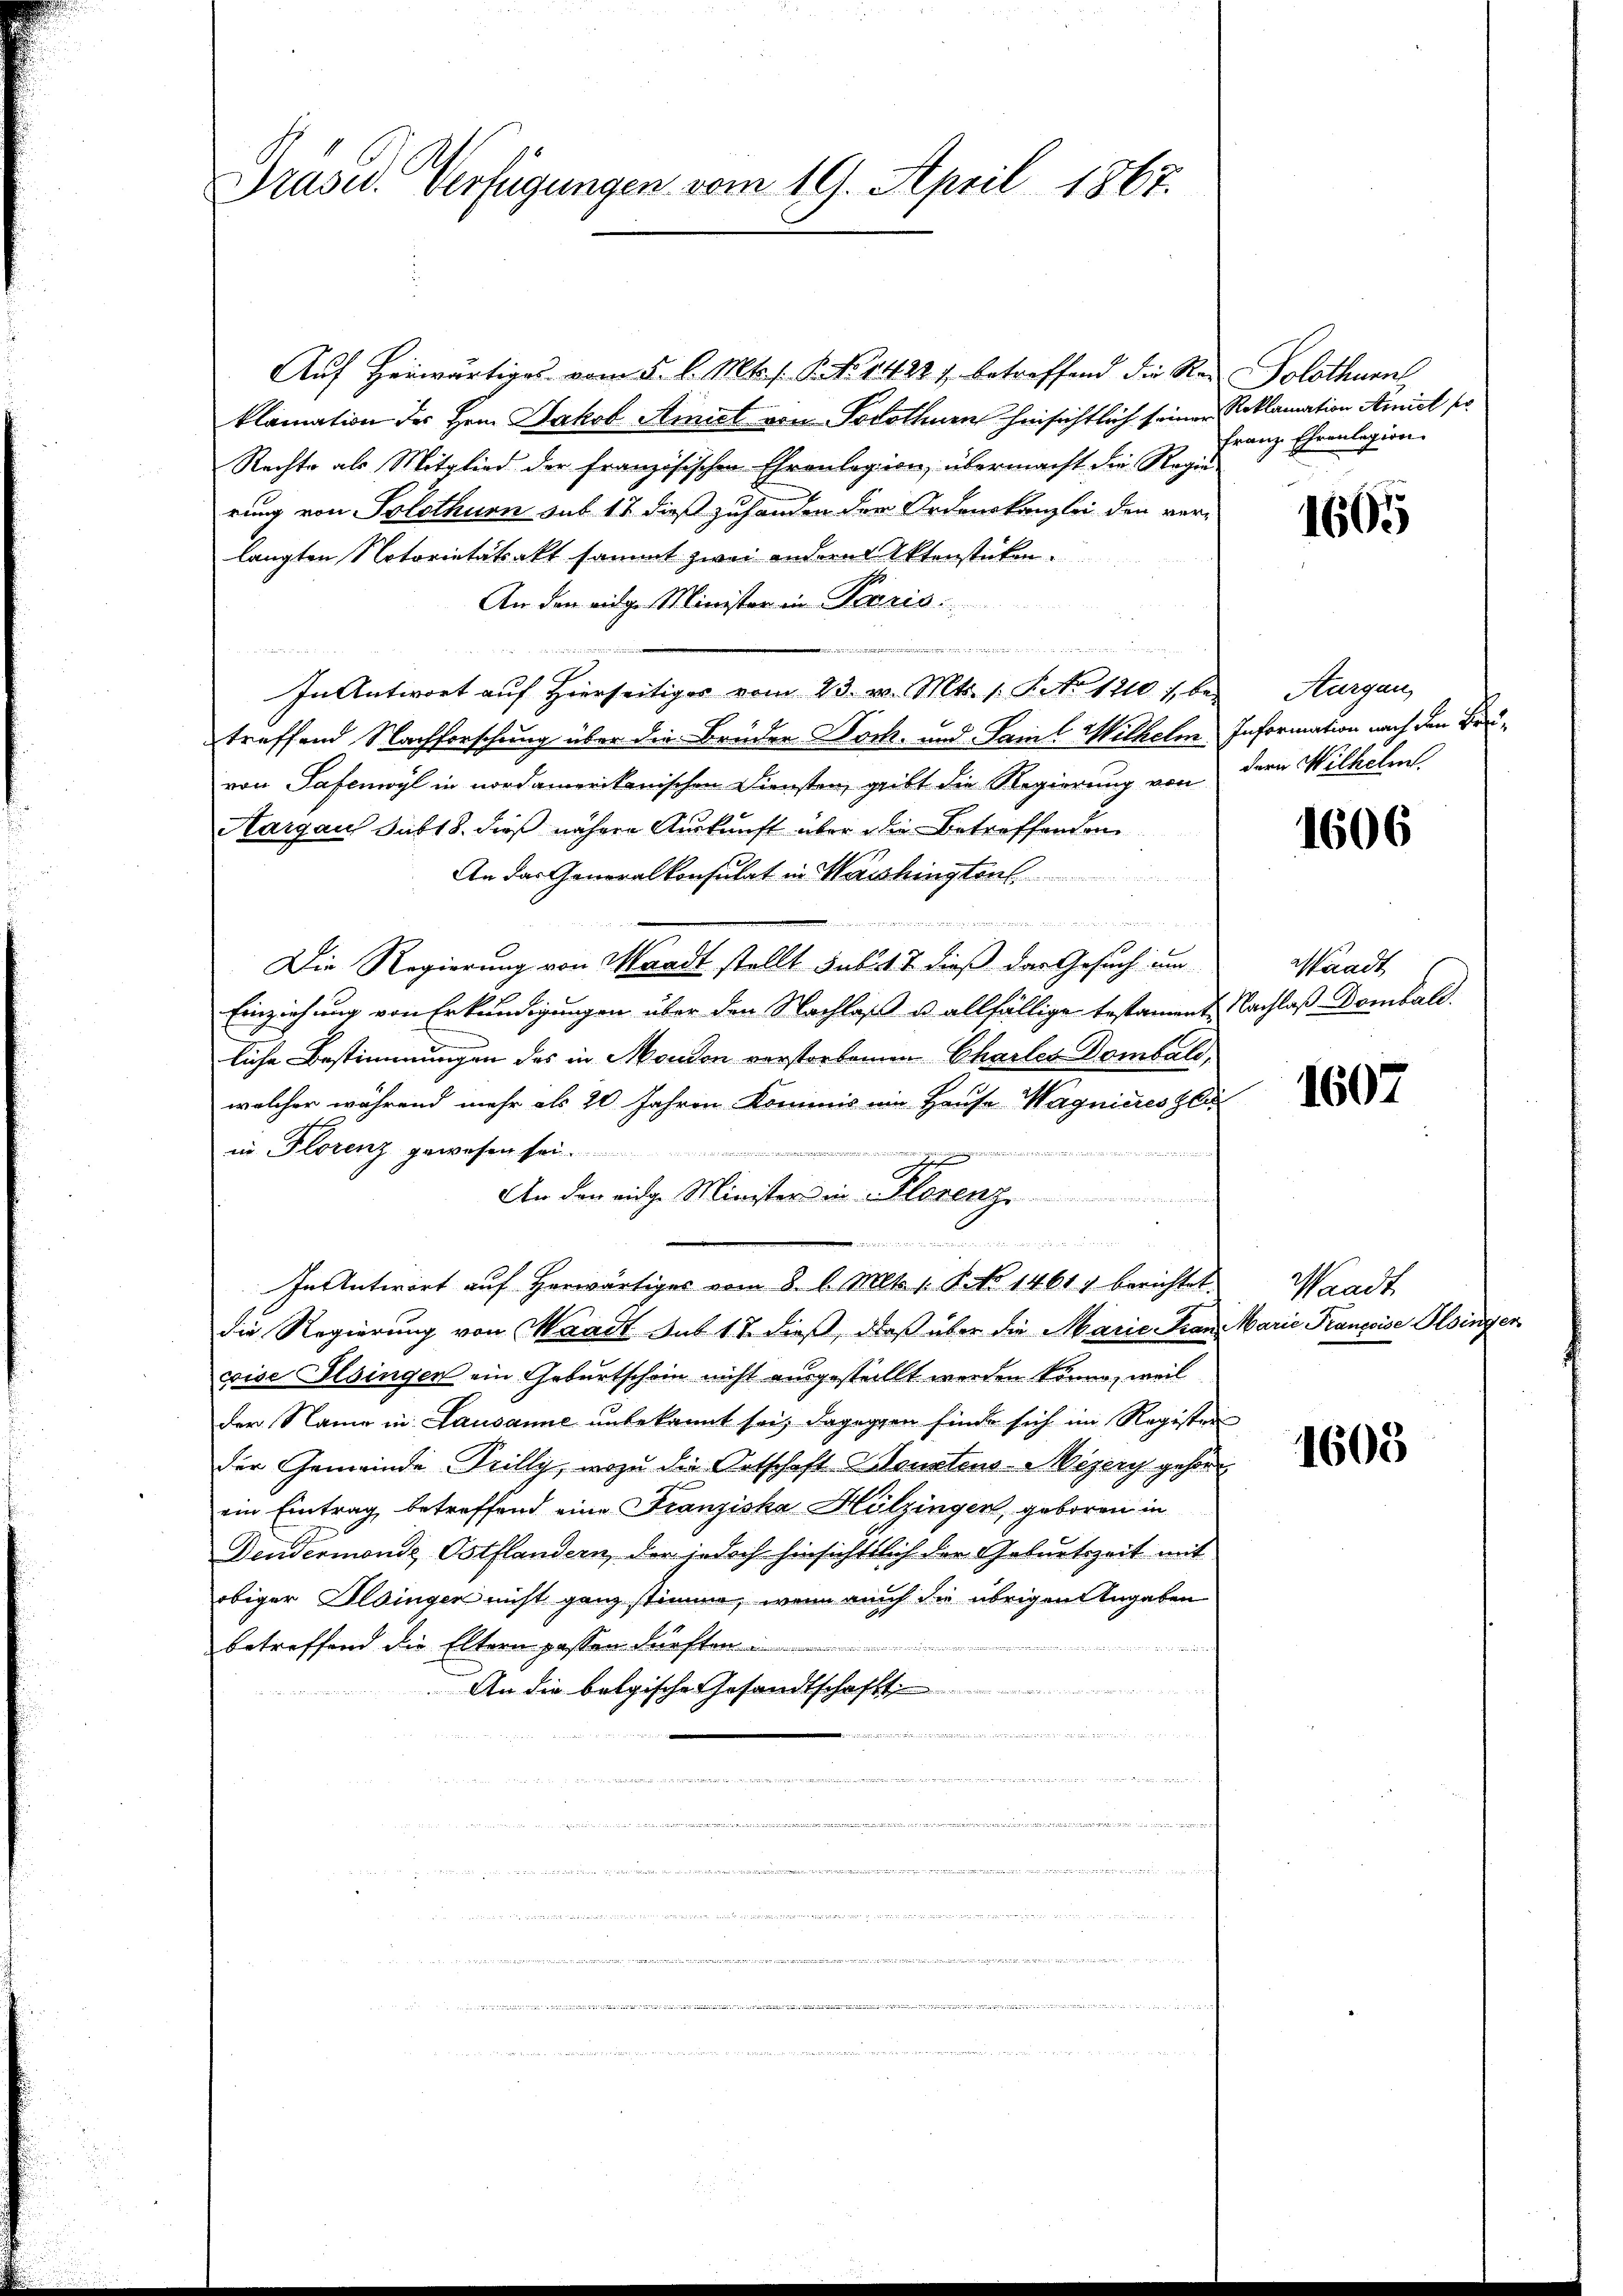
Auf Herwärtiges vom 5. l. Mts. f. P. No 14281, betreffend die Reklamation des Hrn. Jakob Amist von Solothurn hinsichtlich seinen
Rechte als Mitglied der französischen Ehrenlagion, übermacht die Rege
rung von Solothurn sub 17 dieß zuhanden der Ordenskanzlei den ver-
langten Notorietätsakt sammt zwei anderer Aktenstücken.
An den einge Minister in Paris
d
In Antwort auf Hierseitiges vom 23. v. Mts. 1. Pato 1210. 10
treffend Nachforschung über die Brüder Doch- und Saml Wilhelm Information nach den Bruvon Safenwyl in nordamerikanischen Diensten, geibt die Regierung von der Wilhelm
Aargau sub 18. dieß nähere Auskunft über die Betreffenden
An das Generalkonsulat in Washingten

Die Regierung von Waadt stellt sub. 4 t dieß der Gesuch um
Einziehung von Erkundigungen über den Nachlaß u. allfällige testament
liche Bestimmungen das in Moudon vorstorbenen Charles Dombals,
welcher während mehr als 20 Jahren kommis ein Hause Wagnieres Ger
in Florenz gewesen sei.
in: Liter diese Lied in der unenten und der der unende und es der eine anden gegen in der
.
An der eige Minister in Florenz
meen eingen d
In Antwort auf herwärtiges vom 8. d. Mts. 1. No 1461) berichtet
die Regierung von Waadt sub 18 dieß, daß über die Marie Kran
vise Ilsingen ein Geburtschein nicht ausgestellt werden könne, weil
der Name in Lausanne unbekannt sei, dagegen finde sich im Registr
der Gemeinde Peilly, wozu die Ortschaft Konstens-Mizery gehen
ein Eintrag, betreffend eine Franziska Hölzingen, geboren in
Dendermondz Ostflandern, der jedoch hinsichtlich der Geburtszeit mit
obiger Albingen nicht ganz stimme, wenn auch die übrigen Angaben
betreffend die Eltern passen dürften

An die belgische Gesandtschaft

wdere war in den

u
ent es mit dem
 an den in wir und da wegen den in in der

in intritten B
  gegen
                   Galle er ich den den in zu den 24.

Prase. Verfügungen vom 19. April 1867.

Solothurn
Reklamation Ainict so
Franz Ehrenlagion

1605

e Thurgau,

g

1606

Waadt
Nachlaß Domball.

1607

Waadt
Marie Françoise Gesinger

1603